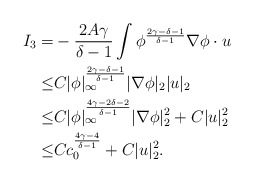
\begin{align*}I_3=&-\frac{2A\gamma}{\delta-1}\int \phi^{\frac{2\gamma-\delta-1}{\delta-1}}\nabla \phi\cdot u\\\leq& C|\phi|^{\frac{2\gamma-\delta-1}{\delta-1}}_\infty|\nabla \phi|_2| u|_2\\\leq & C|\phi|^{\frac{4\gamma-2\delta-2}{\delta-1}}_\infty|\nabla \phi|^2_2+C| u|^2_2\\\leq & Cc^{\frac{4\gamma-4}{\delta-1}}_0+C| u|^2_2.\end{align*}